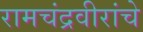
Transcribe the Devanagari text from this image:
रामचंद्रवीरांचे